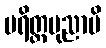
ပရိတ္တပုညာပိ